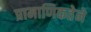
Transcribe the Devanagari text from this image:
प्रामाणिकतेने